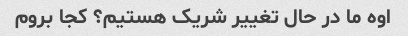
اوه ما در حال تغییر شریک هستیم؟ کجا بروم